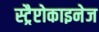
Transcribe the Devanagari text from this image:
स्ट्रैप्टोकाइनेज